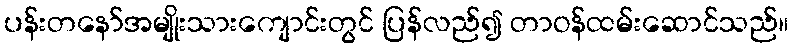
ပန်းတနော်အမျိုးသားကျောင်းတွင် ပြန်လည်၍ တာဝန်ထမ်းဆောင်သည်။